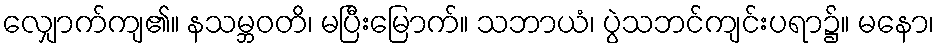
လျှောက်ကျ၏။ နသမ္ဘဝတိ၊ မပြီးမြောက်။ သဘာယံ၊ ပွဲသဘင်ကျင်းပရာ၌။ မနော၊